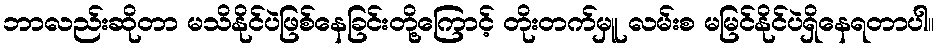
ဘာလည်းဆိုတာ မသိနိုင်ပဲဖြစ်နေခြင်းတို့ကြောင့် တိုးတက်မှူ လမ်းစ မမြင်နိုင်ပဲရှိနေရတာပါ။